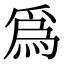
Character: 爲